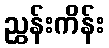
ညွှန်းကိန်း